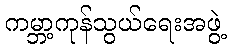
ကမ္ဘာ့ကုန်သွယ်ရေးအဖွဲ့